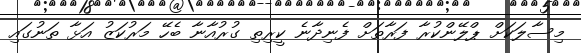
މިސާލަކަށް ޕްލޭންކުރާ ފަރާތަށް ފެނިދާނެ ކީރިތި ގުރުއާނާ ބެހޭ މަރުކަޒު އަޅާ ތަނުގައި